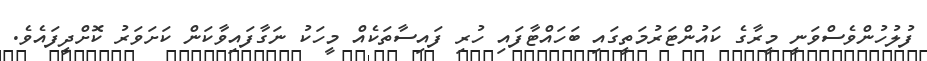
ފުލުހުންވެސްވަނީ މީރާގެ ކައުންޓަރުމަތީގައި ބަހައްޓާފައި ހުރި ފައިސާތަކެއް މީހަކު ނަގާފައިވާކަން ކަށަވަރު ކޮށްދީފައެވެ.